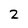
Character: 2